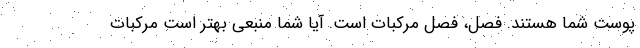
پوست شما هستند. فصل، فصل مرکبات است. آیا شما منبعی بهتر است مرکبات